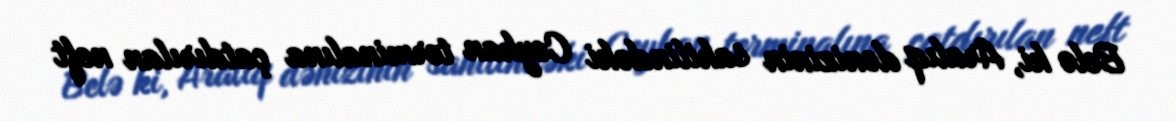
Belə ki, Aralıq dənizinin sahilindəki Ceyhan terminalına çatdırılan neft